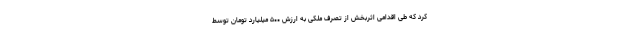
کرد که طی اقدامی اثربخش از تصرف ملکی به ارزش ۵۰۰ میلیارد تومان توسط